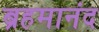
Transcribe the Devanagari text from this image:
ब्रहमानंद